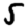
Digit: 5